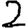
Digit: 2